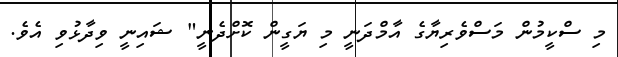
މި ސްކީމުން މަސްވެރިޔާގެ އާމްދަނީ މި ޔަގީން ކޮށްދެނީ" ޝައިނީ ވިދާޅުވި އެވެ.